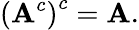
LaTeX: \left(\mathbf{A}^{c}\right)^{c}=\mathbf{A}.